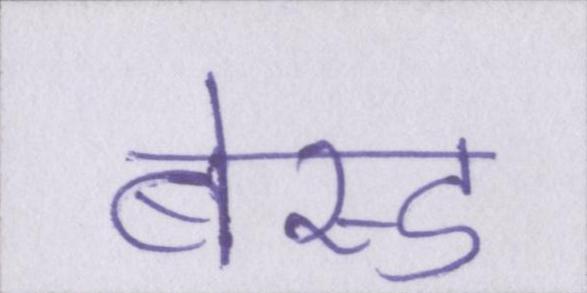
बेस्ड